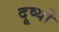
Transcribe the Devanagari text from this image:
दूष्यों